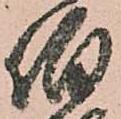
伯